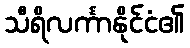
သီရိလင်္ကာနိုင်ငံ၏